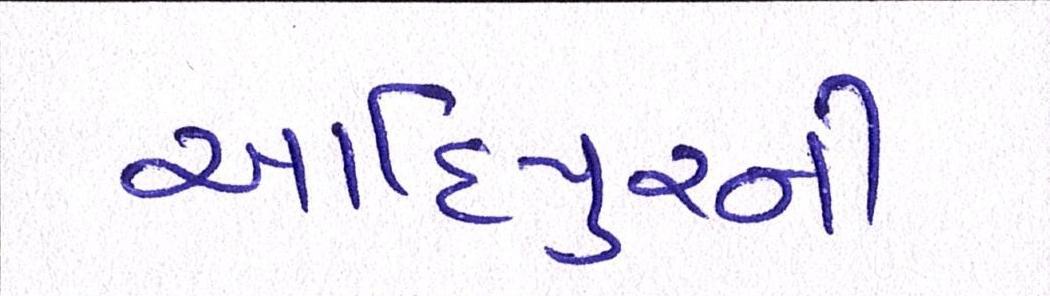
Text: આદિપુરની